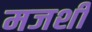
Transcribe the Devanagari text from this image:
मजशीं